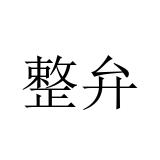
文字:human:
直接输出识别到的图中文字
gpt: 整弁